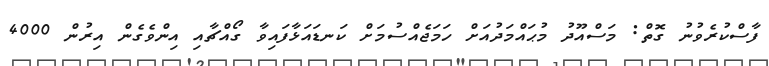
ފާސްކުރެވުނު ގޮތް: މަސްއޫދު މުޙައްމަދުއަށް ހަމަޖެއްސުމަށް ކަނޑައަޅާފައިވާ ގޯއްޗާއި އިންވެގެން އިރުން 4000